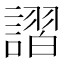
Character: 謵